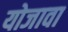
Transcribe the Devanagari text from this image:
योजावा